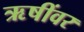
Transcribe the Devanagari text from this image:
ऋषींवर